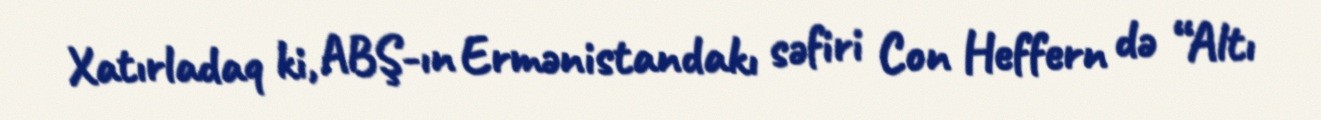
Xatırladaq ki, ABŞ-ın Ermənistandakı səfiri Con Heffern də “Altı